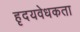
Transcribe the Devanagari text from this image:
हृदयवेधकता